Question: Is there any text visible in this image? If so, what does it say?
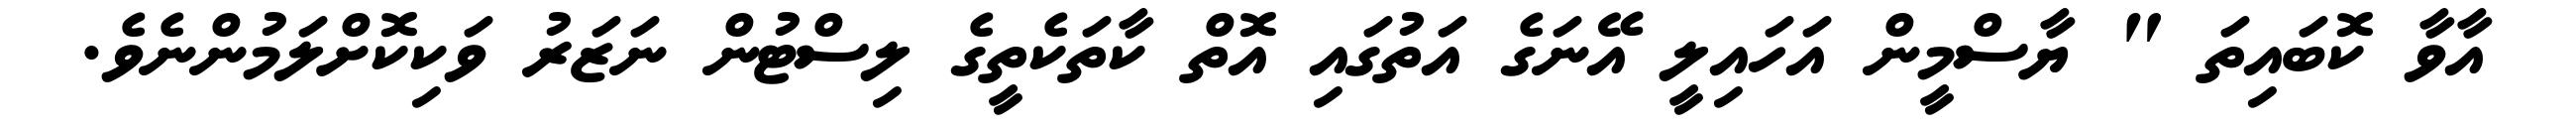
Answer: އާވާ ކޮބައިތަ " ޔާސްމީން އަހައިލީ އޭނަގެ އަތުގައި އޮތް ކާތަކެތީގެ ލިސްޓުން ނަޒަރު ވަކިކޮށްލަމުންނެވެ.